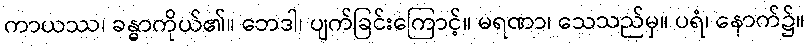
ကာယဿ၊ ခန္ဓာကိုယ်၏။ ဘေဒါ၊ ပျက်ခြင်းကြောင့်။ မရဏာ၊ သေသည်မှ။ ပရံ၊ နောက်၌။